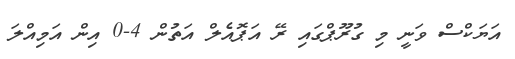
އަޔަކްސް ވަނީ މި ގުރޫޕްގައި ރޭ އަޕޮއެލް އަތުން 4-0 އިން އަމިއްލަ